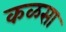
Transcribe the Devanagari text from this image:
कळसा